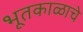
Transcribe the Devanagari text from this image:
भूतकाळाचे